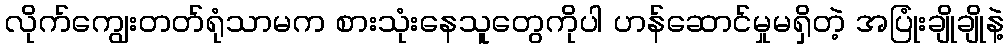
လိုက်ကျွေးတတ်ရုံသာမက စားသုံးနေသူတွေကိုပါ ဟန်ဆောင်မှုမရှိတဲ့ အပြုံးချိုချိုနဲ့